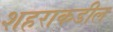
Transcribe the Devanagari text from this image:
शहराकडील